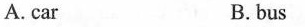
A. car B.bus